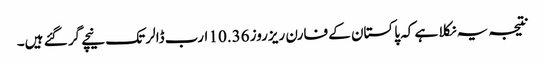
نتیجہ یہ نکلا ہے کہ پاکستان کے فارن ریزروز 10.36 ارب ڈالر تک نیچے گر گئے ہیں۔